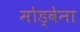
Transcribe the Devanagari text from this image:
मोड्वेना